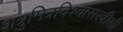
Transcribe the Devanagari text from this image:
शत्रुमित्रविश्वासस्त्रीसी